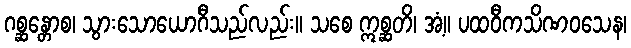
ဂစ္ဆန္တောစ၊ သွားသောယောဂီသည်လည်း။ သစေ ဣစ္ဆတိ၊ အံ့။ ပထဝီကသိဏဝသေန၊